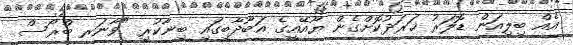
އެއް ބިލިއަން ޑޮލަރު ޚަރަދުކޮށްގެން ޔޫއޭއީގެ އަބޫދާބީގައި ބިނާކުރި "ވާނަރ ބްރޯސް